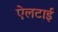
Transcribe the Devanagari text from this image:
ऐलटाई